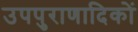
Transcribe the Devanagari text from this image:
उपपुराणादिकों